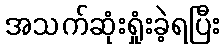
အသက်ဆုံးရှုံးခဲ့ရပြီး